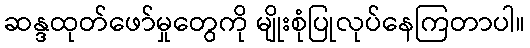
ဆန္ဒထုတ်ဖော်မှုတွေကို မျိုးစုံပြုလုပ်နေကြတာပါ။